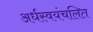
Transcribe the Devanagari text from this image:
अर्धस्वयंचलित